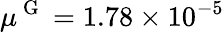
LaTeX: \mu^{\mathrm{~G~}}=1.78\times 10^{-5}